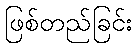
ဖြစ်တည်ခြင်း